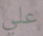
علي